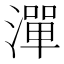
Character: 潬